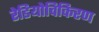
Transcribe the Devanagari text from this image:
रेडियोविकिरण